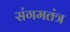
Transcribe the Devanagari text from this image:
संगमतंत्र